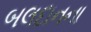
બલદાનના